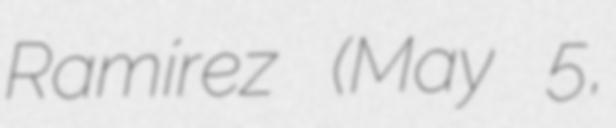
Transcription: Ramírez (May 5,